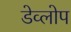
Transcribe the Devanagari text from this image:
डेव्लोप